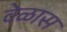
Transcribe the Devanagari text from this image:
वेळास